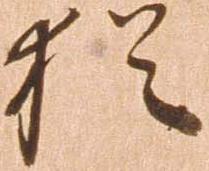
猶